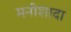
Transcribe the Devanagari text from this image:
मनीशादा